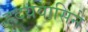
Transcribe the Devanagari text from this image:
ह्रदयवासिने